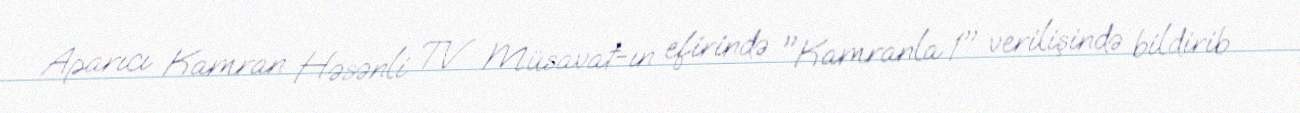
Aparıcı Kamran Həsənli TV Müsavat-ın efirində "Kamranla 1" verilişində bildirib